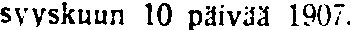
syyyskuun 10 päivää 1907.